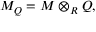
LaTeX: M _ { Q } = M \otimes _ { R } Q ,